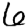
Digit: 6